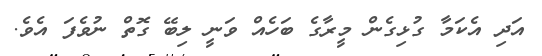
އަދި އެކަމާ ގުޅިގެން މީރާގެ ބަހެއް ވަނީ ލިބޭ ގޮތް ނުވެފަ އެވެ.